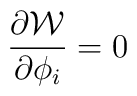
\frac{\partial {\cal W}}{\partial \phi_i }=0